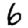
Digit: 6